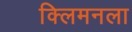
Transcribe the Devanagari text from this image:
क्लिमनला